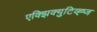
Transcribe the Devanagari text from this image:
एक्झिक्युटिव्ह्ज